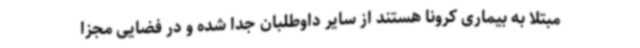
مبتلا به بیماری کرونا هستند از سایر داوطلبان جدا شده و در فضایی مجزا